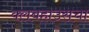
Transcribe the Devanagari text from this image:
क्लबहाउसचा